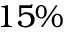
1 5 \%